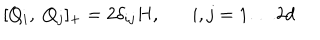
LaTeX: [ Q _ { i } , \; Q _ { j } ] _ { + } = 2 \delta _ { i j } H , i , j = 1 \ldots 2 d